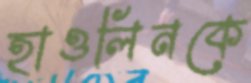
হাওলিনকে